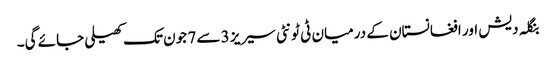
بنگلہ دیش اور افغانستان کے درمیان ٹی ٹونٹی سیریز 3 سے 7 جون تک کھیلی جائے گی۔